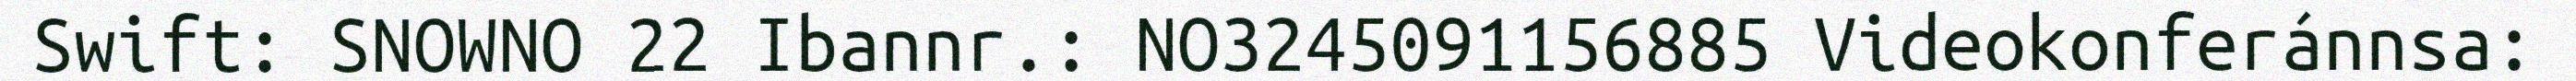
Swift: SNOWNO 22 Ibannr.: NO3245091156885 Videokonferánnsa: